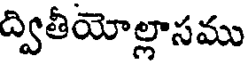
ద్వితీయోల్లాసము